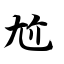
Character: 尬